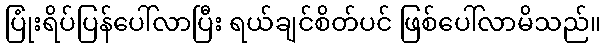
ပြုံးရိပ်ပြန်ပေါ်လာပြီး ရယ်ချင်စိတ်ပင် ဖြစ်ပေါ်လာမိသည်။